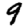
Digit: 9